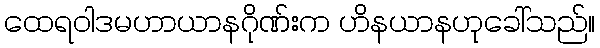
ထေရဝါဒမဟာယာနဂိုဏ်းက ဟိနယာနဟုခေါ်သည်။